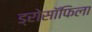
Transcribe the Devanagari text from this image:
ड्रोसॉफिला